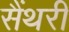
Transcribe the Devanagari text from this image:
सैंथरी